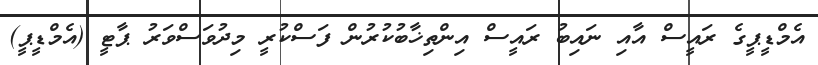
އެމްޑީޕީގެ ރައީސް އާއި ނައިބު ރައީސް އިންތިޚާބުކުރުން ފަސްކުރީ މިދުވަސްވަރު ޕާޓީ (އެމްޑީޕީ)